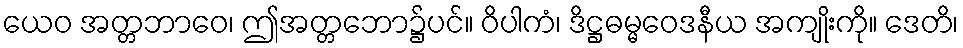
ယေဝ အတ္တဘာဝေ၊ ဤအတ္တဘော၌ပင်။ ဝိပါကံ၊ ဒိဋ္ဌဓမ္မဝေဒနီယ အကျိုးကို။ ဒေတိ၊